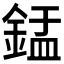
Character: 𬫢